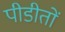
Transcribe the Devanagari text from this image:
पीडीतों